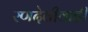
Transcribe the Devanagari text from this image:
रणदेवीवाडी